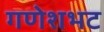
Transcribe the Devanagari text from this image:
गणेशभट